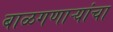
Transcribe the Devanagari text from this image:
बाळगणाऱ्यांचा